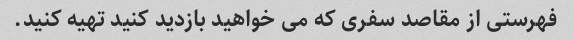
فهرستی از مقاصد سفری که می خواهید بازدید کنید تهیه کنید.